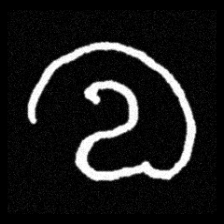
Pyu character \u2014 Myanmar letter: လ (romanized: la)